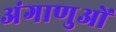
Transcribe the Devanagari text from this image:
अंगाणुओं